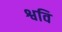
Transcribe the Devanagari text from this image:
श्ववि